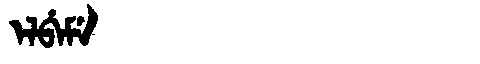
Manchu: ᡝᠯᠪᡝᠮᡝ
Romanization: ELBEME